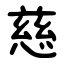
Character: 慈